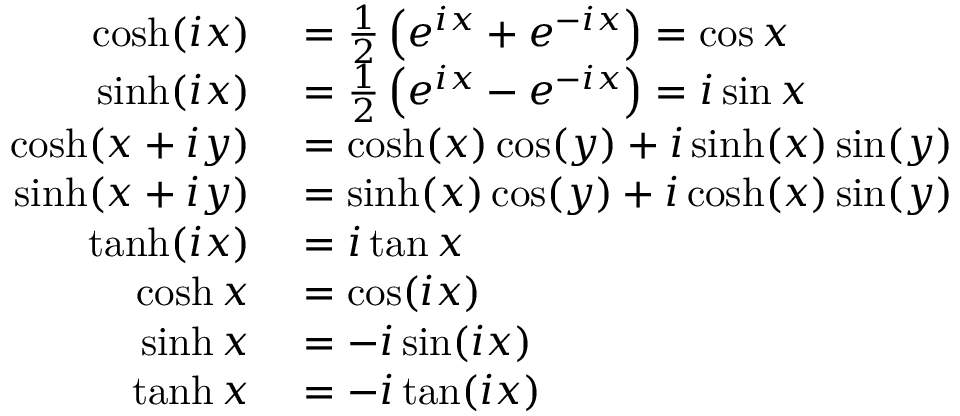
\begin{array} { r l } { \cosh ( i x ) } & { { } = { \frac { 1 } { 2 } } \left( e ^ { i x } + e ^ { - i x } \right) = \cos x } \\ { \sinh ( i x ) } & { { } = { \frac { 1 } { 2 } } \left( e ^ { i x } - e ^ { - i x } \right) = i \sin x } \\ { \cosh ( x + i y ) } & { { } = \cosh ( x ) \cos ( y ) + i \sinh ( x ) \sin ( y ) } \\ { \sinh ( x + i y ) } & { { } = \sinh ( x ) \cos ( y ) + i \cosh ( x ) \sin ( y ) } \\ { \operatorname { t a n h } ( i x ) } & { { } = i \tan x } \\ { \cosh x } & { { } = \cos ( i x ) } \\ { \sinh x } & { { } = - i \sin ( i x ) } \\ { \operatorname { t a n h } x } & { { } = - i \tan ( i x ) } \end{array}